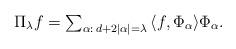
LaTeX: \begin{align*} \textstyle \Pi_\lambda f =\sum_{\alpha:\, d+2|\alpha|=\lambda}\, \langle f,\Phi_\alpha \rangle \Phi_\alpha. \end{align*}